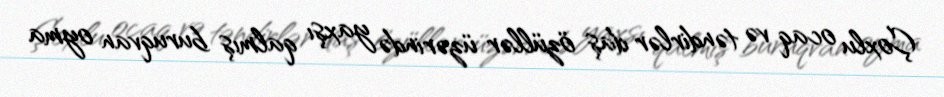
Çoxlu ocaq və təndirlər daş özüllər üzərində yaxşı qalmış buruqvan oyma